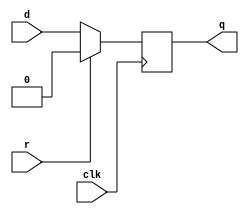
`timescale 1ns / 1ps
//////////////////////////////////////////////////////////////////////////////////
// Company: 
// Engineer: 
// 
// Design Name: 
// Module Name: DFF_SynchronousReset_2
// Project Name: 
// Target Devices: 
// Tool Versions: 
// Description: 
// 
// Dependencies: 
// 
// Revision:
// Revision 0.01 - File Created
// Additional Comments:
// 
//////////////////////////////////////////////////////////////////////////////////


module DFF_SynchronousReset_2(
    input clk,
    input d, 
    input r,   // synchronous reset
    output reg q
    );
    always @ (posedge clk) begin
    if(r)
    q<=0;
    else
    q<=d;
    end
endmodule